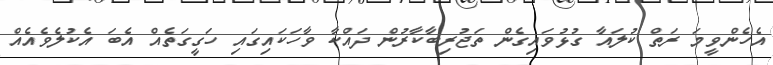
އެހެންވީމަ ރަތް ކުލައާ ގުޅުވައިގެން ތަޖުރިބާކާރުން ދައްކާ ވާހަކައިގައި ހަގީގަތެއް އެބަ އެކުލެވެއެއް